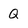
Character: Q